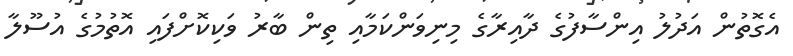
އެގޮތުން އަދުލު އިންސާފުގެ ދާއިރާގެ މިނިވަންކަމާއި ތިން ބާރު ވަކިކޮށްފައި އޮތުމުގެ އުސޫލާ